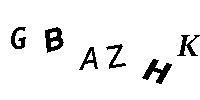
GBAZHK